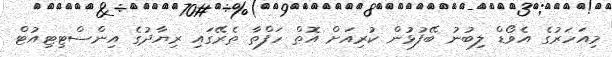
މިއަހަރުގެ އެވޯޑް ލިބުނު ބޭފުޅުން ކުރިއަށް އޮތް ހަފްތާ ތެރޭގައި ރިޔާދުގެ އިންސްޓިޓިއުޓް